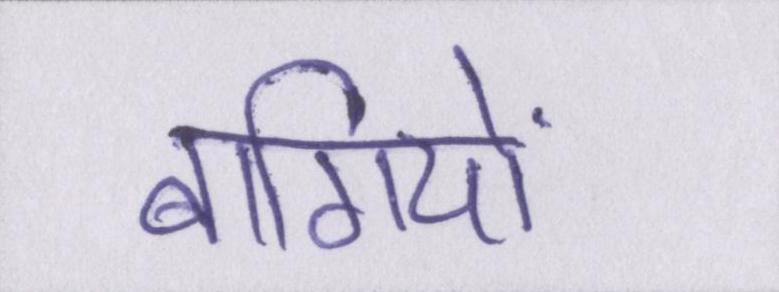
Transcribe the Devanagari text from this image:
बागियों